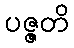
ပဇ္ဇတိ